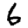
Digit: 6